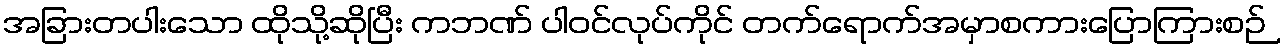
အခြားတပါးသော ထိုသို့ဆိုပြီး ကဘဏ် ပါဝင်လုပ်ကိုင် တက်ရောက်အမှာစကားပြောကြားစဉ်